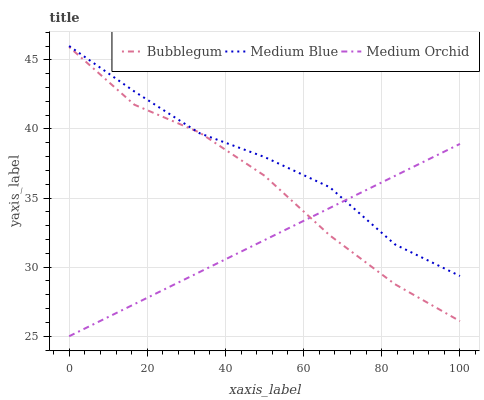
| xaxis_label | Bubblegum | Medium Blue | Medium Orchid |
 | --- | --- | --- | --- |
 | 0 | 45.9 | 46 | 25 |
 | 16.7 | 41.8 | 42.7 | 27.3 |
 | 33.3 | 39.7 | 39.7 | 29.6 |
 | 50 | 36.6 | 38 | 32 |
 | 66.7 | 32.3 | 35.8 | 34.3 |
 | 83.3 | 28.8 | 31.7 | 36.6 |
 | 100 | 26.1 | 29.4 | 38.9 |